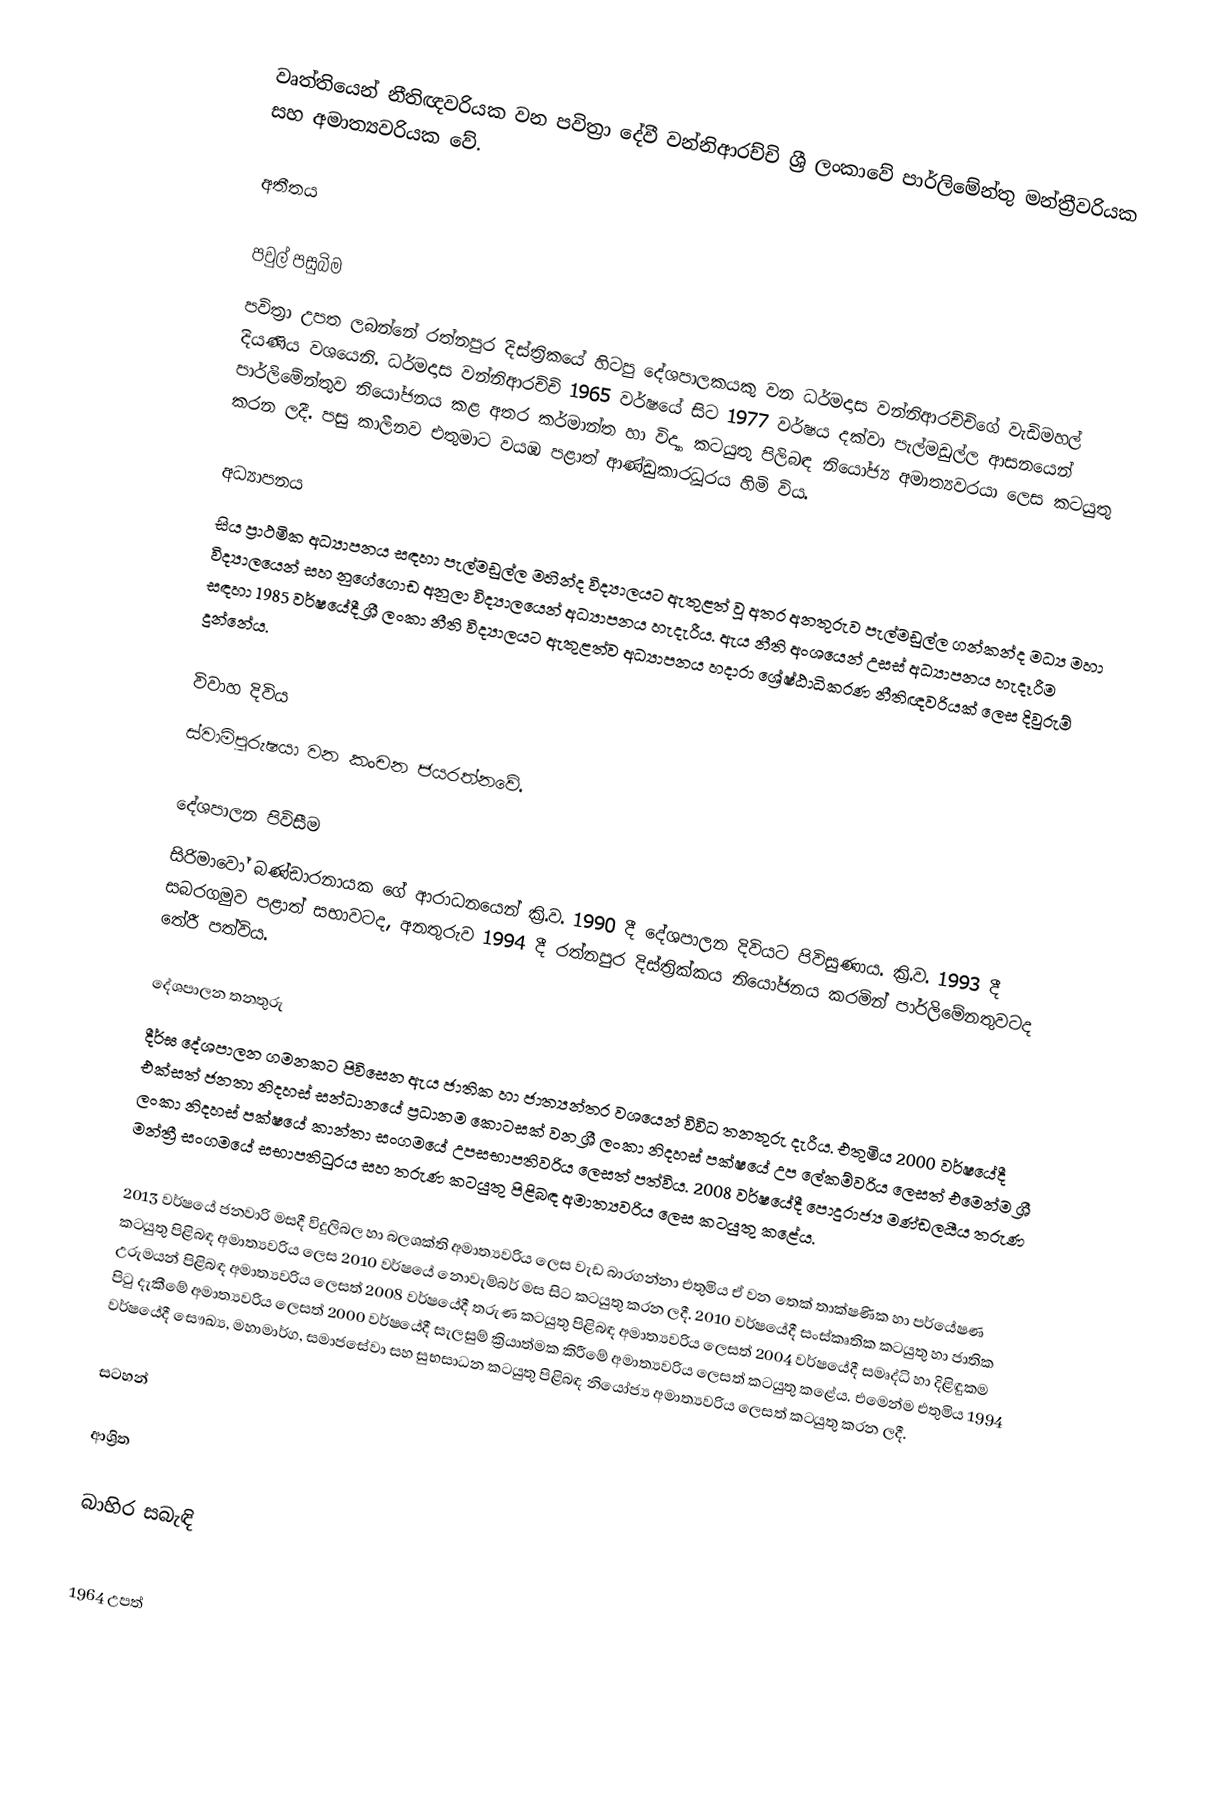
වෘත්තියෙන් නීතිඥවරියක වන පවිත්‍රා දේවී වන්නිආරච්චි ශ්‍රී ලංකාවේ  පාර්ලිමේන්තු මන්ත්‍රීවරියක සහ අමාත්‍යවරියක වේ.

අතීතය

පවුල් පසුබිම
පවිත්‍රා උපත ලබන්නේ රත්නපුර දිස්ත්‍රිකයේ හිටපු දේශපාලකයකු වන ධර්මදාස වන්නිආරච්චිගේ වැඩිමහල් දියණිය වශයෙනි. ධර්මදාස වන්නිආරච්චි 1965 වර්ෂයේ සිට 1977 වර්ෂය දක්වා පැල්මඩුල්ල ආසනයෙන් පාර්ලිමේන්තුව නියෝජනය කළ අතර කර්මාන්ත හා විද්‍යා කටයුතු පිලිබඳ නියෝජ්‍ය අමාත්‍යවරයා ලෙස කටයුතු කරන ලදී. පසු කාලීනව එතුමාට වයඹ පළාත් ආණ්ඩුකාරධූරය හිමි විය.

අධ්‍යාපනය
සිය ප්‍රාථමික අධ්‍යාපනය සඳහා පැල්මඩුල්ල මහින්ද විද්‍යාලයට ඇතුළත් වූ අතර අනතුරුව පැල්මඩුල්ල ගන්කන්ද මධ්‍ය මහා විද්‍යාලයෙන් සහ නුගේගොඩ අනුලා විද්‍යාලයෙන් අධ්‍යාපනය හැදැරීය. ඇය නීති අංශයෙන් උසස් අධ්‍යාපනය හැදෑරීම සඳහා 1985 වර්ෂයේදී ශ්‍රී ලංකා නීති විද්‍යාලයට ඇතුළත්ව අධ්‍යාපනය හදාරා ශ්‍රේෂ්ඨාධිකරණ නීතිඥවරියක් ලෙස දිවුරුම් දුන්නේය.

විවාහ දිවිය
ස්වාමිපුරුෂයා වන කංචන ජයරත්නවේ.

දේශපාලන පිවිසීම
සිරිමාවෝ බ‍ණ්ඩාරනායක ගේ ආරාධනයෙන් ක්‍රි.ව. 1990 දී දේශපාලන දිවියට පිවිසුණාය. ක්‍රි.ව. 1993 දී සබරගමුව පළාත් සභාවටද, අනතුරුව 1994 දී රත්නපුර දිස්ත්‍රික්කය නියෝජනය කරමින් පාර්ලිමේනතුවටද තේරී පත්විය.

දේශපාලන තනතුරු
දීර්ඝ දේශපාලන ගමනකට පිවිසෙන ඇය ජාතික හා ජාත්‍යන්තර වශයෙන් විවිධ තනතුරු  දැරීය. එතුමිය 2000 වර්ෂයේදී එක්සත් ජනතා නිදහස් සන්ධානයේ ප්‍රධානම කොටසක් වන ශ්‍රී ලංකා නිදහස් පක්ෂයේ උප ලේකම්වරිය ලෙසත් එමෙන්ම ශ්‍රී ලංකා නිදහස් පක්ෂයේ කාන්තා සංගමයේ උපසභාපතිවරිය ලෙසත් පත්විය. 2008 වර්ෂයේදී  පොදුරාජ්‍ය මණ්ඩලයීය තරුණ මන්ත්‍රී සංගමයේ සභාපතිධුරය සහ තරුණ කටයුතු පිළිබඳ අමාත්‍යවරිය ලෙස කටයුතු කළේය.

2013 වර්ෂයේ ජනවාරි මසදී විදුලිබල හා බලශක්ති අමාත්‍යවරිය ලෙස වැඩ බාරගන්නා එතුමිය ඒ වන තෙක් තාක්ෂණික හා පර්යේෂණ කටයුතු පිළිබඳ අමාත්‍යවරිය ලෙස 2010 වර්ෂයේ නොවැම්බර් මස සිට කටයුතු කරන ලදී. 2010 වර්ෂයේදී සංස්කෘතික කටයුතු හා ජාතික උරුමයන් පිළිබඳ අමාත්‍යවරිය ලෙසත් 2008 වර්ෂයේදී තරුණ කටයුතු පිළිබඳ අමාත්‍යවරිය ලෙසත් 2004 වර්ෂයේදී සමෘද්ධි හා දිළිඳුකම පිටු දැකීමේ අමාත්‍යවරිය ලෙසත් 2000 වර්ෂයේදී සැලසුම් ක්‍රියාත්මක කිරීමේ අමාත්‍යවරිය ලෙසත් කටයුතු කළේය. එමෙන්ම එතුමිය 1994 වර්ෂයේදී සෞඛ්‍ය, මහාමාර්ග, සමාජසේවා සහ සුභසාධන කටයුතු පිළිබඳ නියෝජ්‍ය අමාත්‍යවරිය ලෙසත් කටයුතු කරන ලදී.

සටහන්

ආශ්‍රිත

බාහිර සබැඳි

1964 උපත්